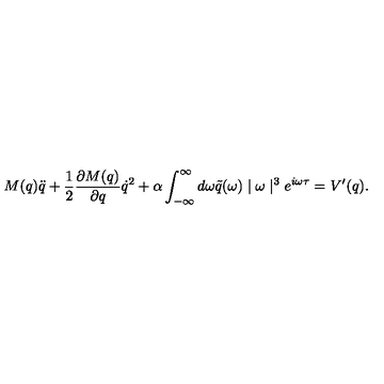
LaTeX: M ( q ) \ddot { q } + \frac { 1 } { 2 } \frac { \partial M ( q ) } { \partial q } \dot { q } ^ { 2 } + \alpha \int _ { - \infty } ^ { \infty } d \omega \tilde { q } ( \omega ) \mid \omega \mid ^ { 3 } e ^ { i \omega \tau } = V ^ { \prime } ( q ) .